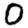
Digit: 0